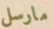
مارسل